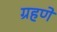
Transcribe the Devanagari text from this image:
ग्रहणे